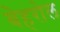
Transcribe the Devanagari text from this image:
बेहरोल